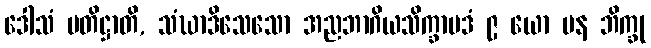
ဒေါသံ ပတိဋ္ဌာတိ, သံဃာဒိသေသော အညဘာဂိယသိက္ခာပဒံ ၉ ယော ပန ဘိက္ခု